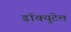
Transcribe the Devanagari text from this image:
डॉक्युटेल